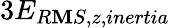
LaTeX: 3E_{R\mathbf{M}S,z,inertia}